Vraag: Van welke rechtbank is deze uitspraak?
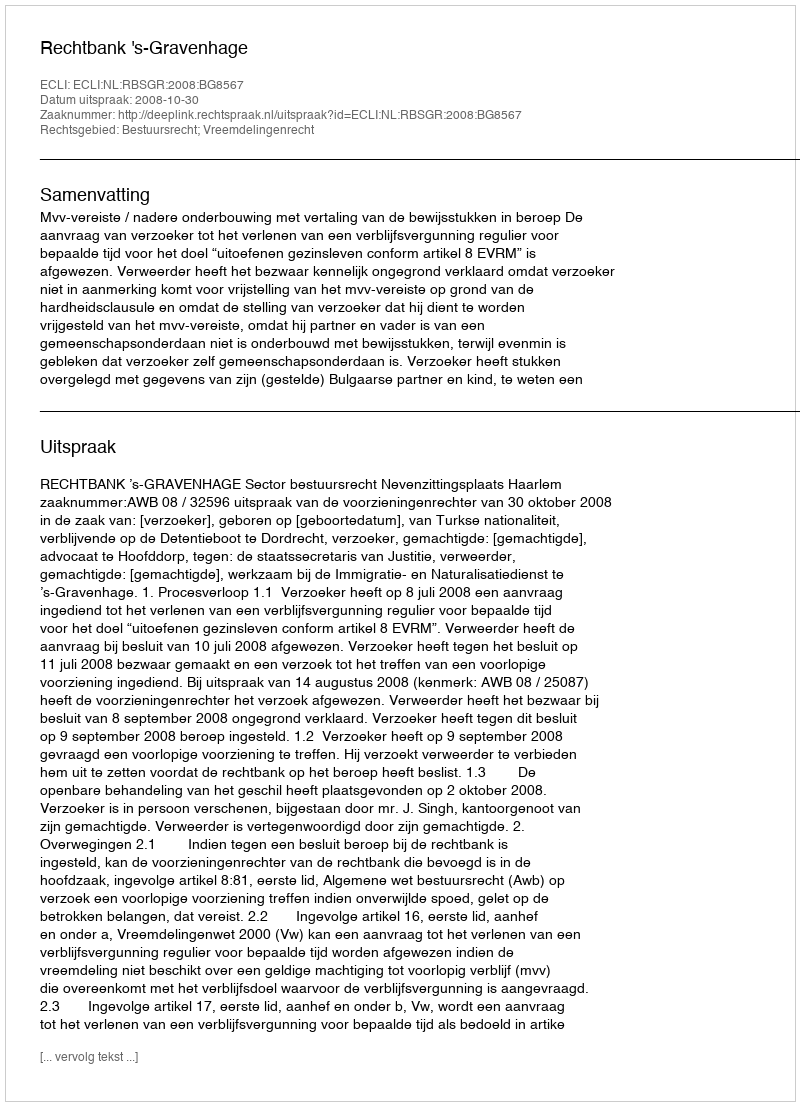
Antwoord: Rechtbank 's-Gravenhage